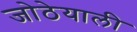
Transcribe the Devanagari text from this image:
जोठेयाली